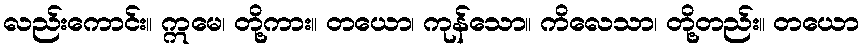
လည်းကောင်း။ ဣမေ၊ တို့ကား။ တယော၊ ကုန်သော။ ကိလေသာ၊ တို့တည်း။ တယော